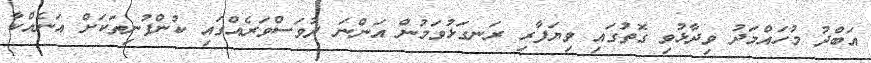
އަބްދު މުހައްމަދު ވިދާޅުވި ގޮތުގައި ވިޔަފާރި ރަނގަޅުވަމުން އަންނަ ދުވަސްވަރެއްގައި ކުންފުނިތަކަށް އަނެއްކާ